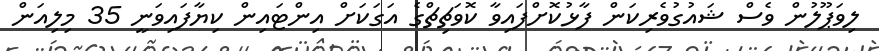
ލިވަޕޫލުން ވެސް ޝައުގުވެރިކަން ފާޅުކޮށްފައިވާ ކޮވަޗިޗްގެ އަގަކަށް އިންޓައިން ކިޔާފައިވަނީ 35 މިލިއަން